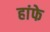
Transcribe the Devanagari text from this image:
हांफे